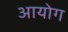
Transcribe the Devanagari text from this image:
अायोग